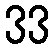
33